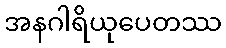
အနဂါရိယုပေတဿ